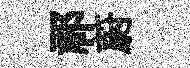
祁蔚